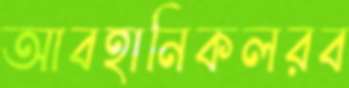
আবহানিকলরব